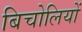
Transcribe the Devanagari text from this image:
बिचोलियों